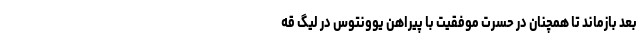
بعد بازماند تا همچنان در حسرتِ موفقیت با پیراهن یوونتوس در لیگ قه